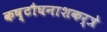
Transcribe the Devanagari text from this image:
कष्टौघनाशकर्त्रे